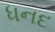
ધનદ